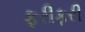
ફરીફરી